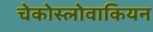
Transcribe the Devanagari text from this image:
चेकोस्लोवाकियन